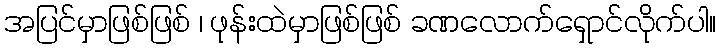
အပြင်မှာဖြစ်ဖြစ် ၊ ဖုန်းထဲမှာဖြစ်ဖြစ် ခဏလောက်ရှောင်လိုက်ပါ။